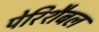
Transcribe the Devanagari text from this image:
पेरिशैबल